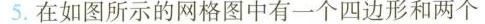
5.在如图所示的网格图中有一个四边形和两个